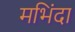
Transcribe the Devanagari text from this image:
मभिंदा